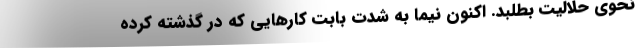
نحوی حلالیت بطلبد. اکنون نیما به شدت بابت کارهایی که در گذشته کرده